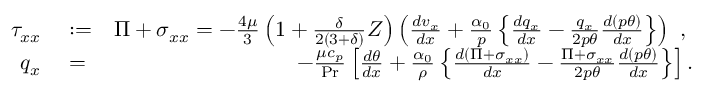
\begin{array} { r l r } { \tau _ { x x } } & { { } : = } & { \Pi + \sigma _ { x x } = - \frac { 4 \mu } { 3 } \left( 1 + \frac { \delta } { 2 \left( 3 + \delta \right) } Z \right) \left( \frac { d v _ { x } } { d x } + \frac { \alpha _ { 0 } } { p } \left\{ \frac { d q _ { x } } { d x } - \frac { q _ { x } } { 2 p \theta } \frac { d \left( p \theta \right) } { d x } \right\} \right) \mathrm { ~ , ~ } } \\ { q _ { x } } & { { } = } & { - \frac { \mu c _ { p } } { \operatorname* { P r } } \left[ \frac { d \theta } { d x } + \frac { \alpha _ { 0 } } { \rho } \left\{ \frac { d \left( \Pi + \sigma _ { x x } \right) } { d x } - \frac { \Pi + \sigma _ { x x } } { 2 p \theta } \frac { d \left( p \theta \right) } { d x } \right\} \right] . } \end{array}